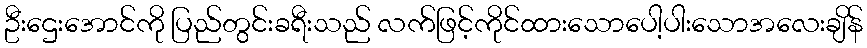
ဦးဌေးအောင်ကို ပြည်တွင်းခရီးသည် လက်ဖြင့်ကိုင်ထားသောပေါ့ပါးသောအလေးချိန်